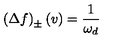
\left( \Delta f \right) _ { \pm } \left( v \right) = \frac { 1 } { \omega _ { d } }